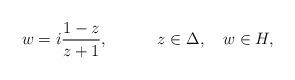
LaTeX: \begin{align*}w=i{1-z\over z+1},\quad\qquad z\in\Delta,\quad w\in H,\end{align*}